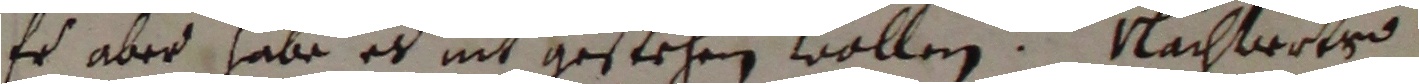
Es aber habe es nit gestehen wollen. Nachwolro